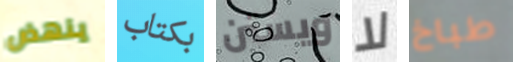
ينهض بكتاب ويستن لا طباخ